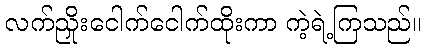
လက်ညှိုးငေါက်ငေါက်ထိုးကာ ကဲ့ရဲ့ကြသည်။